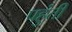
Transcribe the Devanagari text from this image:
पहुंती